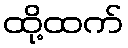
ထို့ထက်